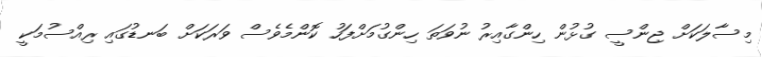
މިސާލަކަށް ޖިންސީ ގުޅުން ހިންގާއިރު ނުވަތަ ހިންގުމަށްފަހު ކޮންމެވެސް ވަރަކަށް ބަނޑުގައި ރިއްސުމަކީ